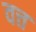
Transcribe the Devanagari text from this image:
वत्त